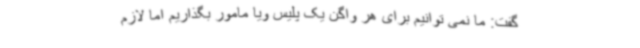
گفت: ما نمی توانیم برای هر واگن یک پلیس ویا مامور بگذاریم اما لازم